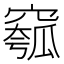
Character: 𥧰